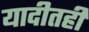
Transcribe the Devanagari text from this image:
यादीतही